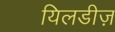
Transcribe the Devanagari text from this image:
यिलडीज़